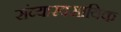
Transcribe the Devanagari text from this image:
संव्यारवसायिक